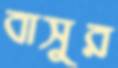
বাসুর